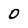
Character: 0